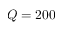
Q = 2 0 0